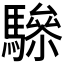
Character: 𩥵